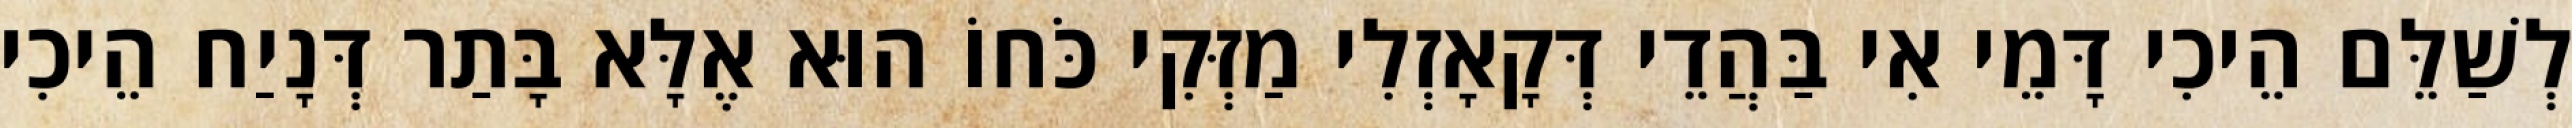
לְשַׁלֵּם הֵיכִי דָּמֵי אִי בַּהֲדֵי דְּקָאָזְלִי מַזְּקִי כֹּחוֹ הוּא אֶלָּא בָּתַר דְּנָיַח הֵיכִי